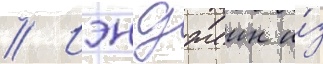
// Иэн джеин и́з